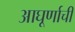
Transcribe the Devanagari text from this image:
आघूर्णाची